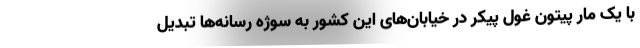
با یک مار پیتون غول پیکر در خیابان‌های این کشور به سوژه رسانه‌ها تبدیل